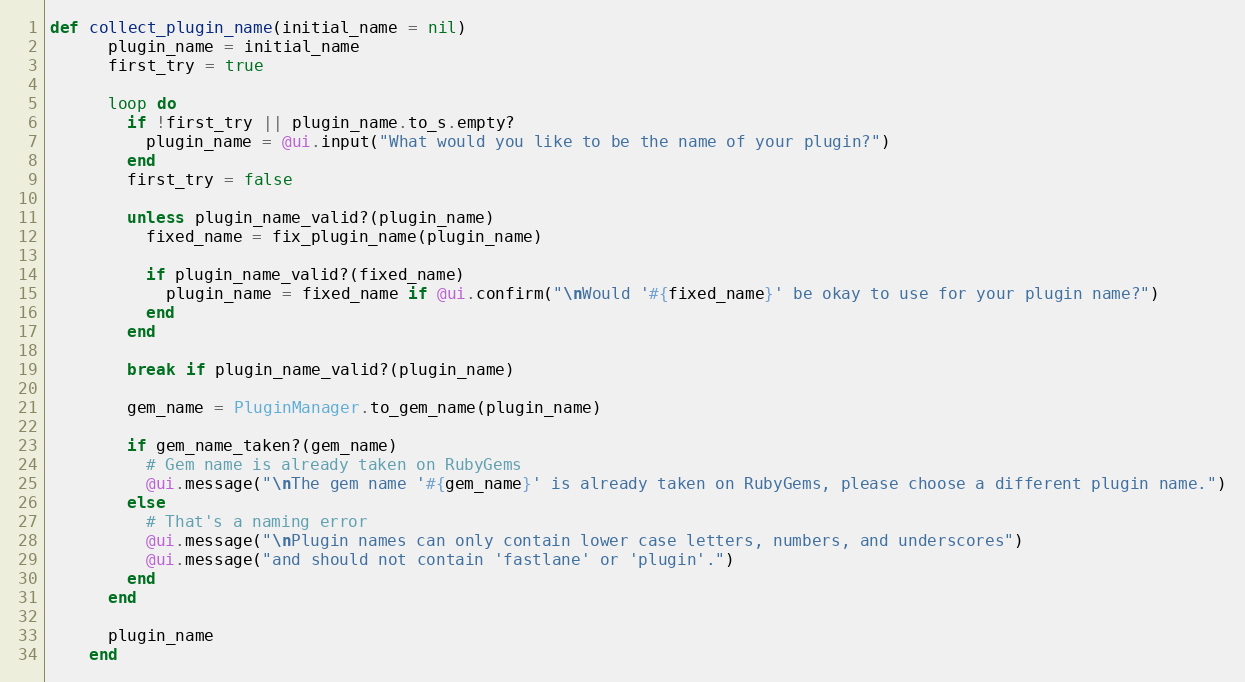
Language: Ruby
def collect_plugin_name(initial_name = nil)
      plugin_name = initial_name
      first_try = true

      loop do
        if !first_try || plugin_name.to_s.empty?
          plugin_name = @ui.input("What would you like to be the name of your plugin?")
        end
        first_try = false

        unless plugin_name_valid?(plugin_name)
          fixed_name = fix_plugin_name(plugin_name)

          if plugin_name_valid?(fixed_name)
            plugin_name = fixed_name if @ui.confirm("\nWould '#{fixed_name}' be okay to use for your plugin name?")
          end
        end

        break if plugin_name_valid?(plugin_name)

        gem_name = PluginManager.to_gem_name(plugin_name)

        if gem_name_taken?(gem_name)
          # Gem name is already taken on RubyGems
          @ui.message("\nThe gem name '#{gem_name}' is already taken on RubyGems, please choose a different plugin name.")
        else
          # That's a naming error
          @ui.message("\nPlugin names can only contain lower case letters, numbers, and underscores")
          @ui.message("and should not contain 'fastlane' or 'plugin'.")
        end
      end

      plugin_name
    end